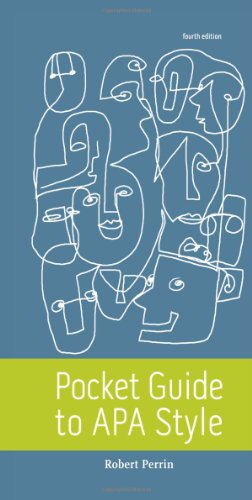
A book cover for Pocket Guide to APA Style; Robert Perrin; Literature & Fiction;